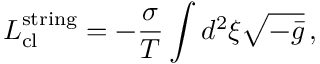
L _ { \mathrm { c l } } ^ { \mathrm { s t r i n g } } = - \frac { \sigma } { T } \int d ^ { 2 } \xi \sqrt { - \bar { g } } \, ,